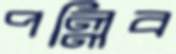
পল্লিব